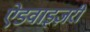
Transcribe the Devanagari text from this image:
ऐडवाइज़री